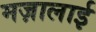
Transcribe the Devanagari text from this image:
मज़ालाई